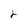
Character: 2